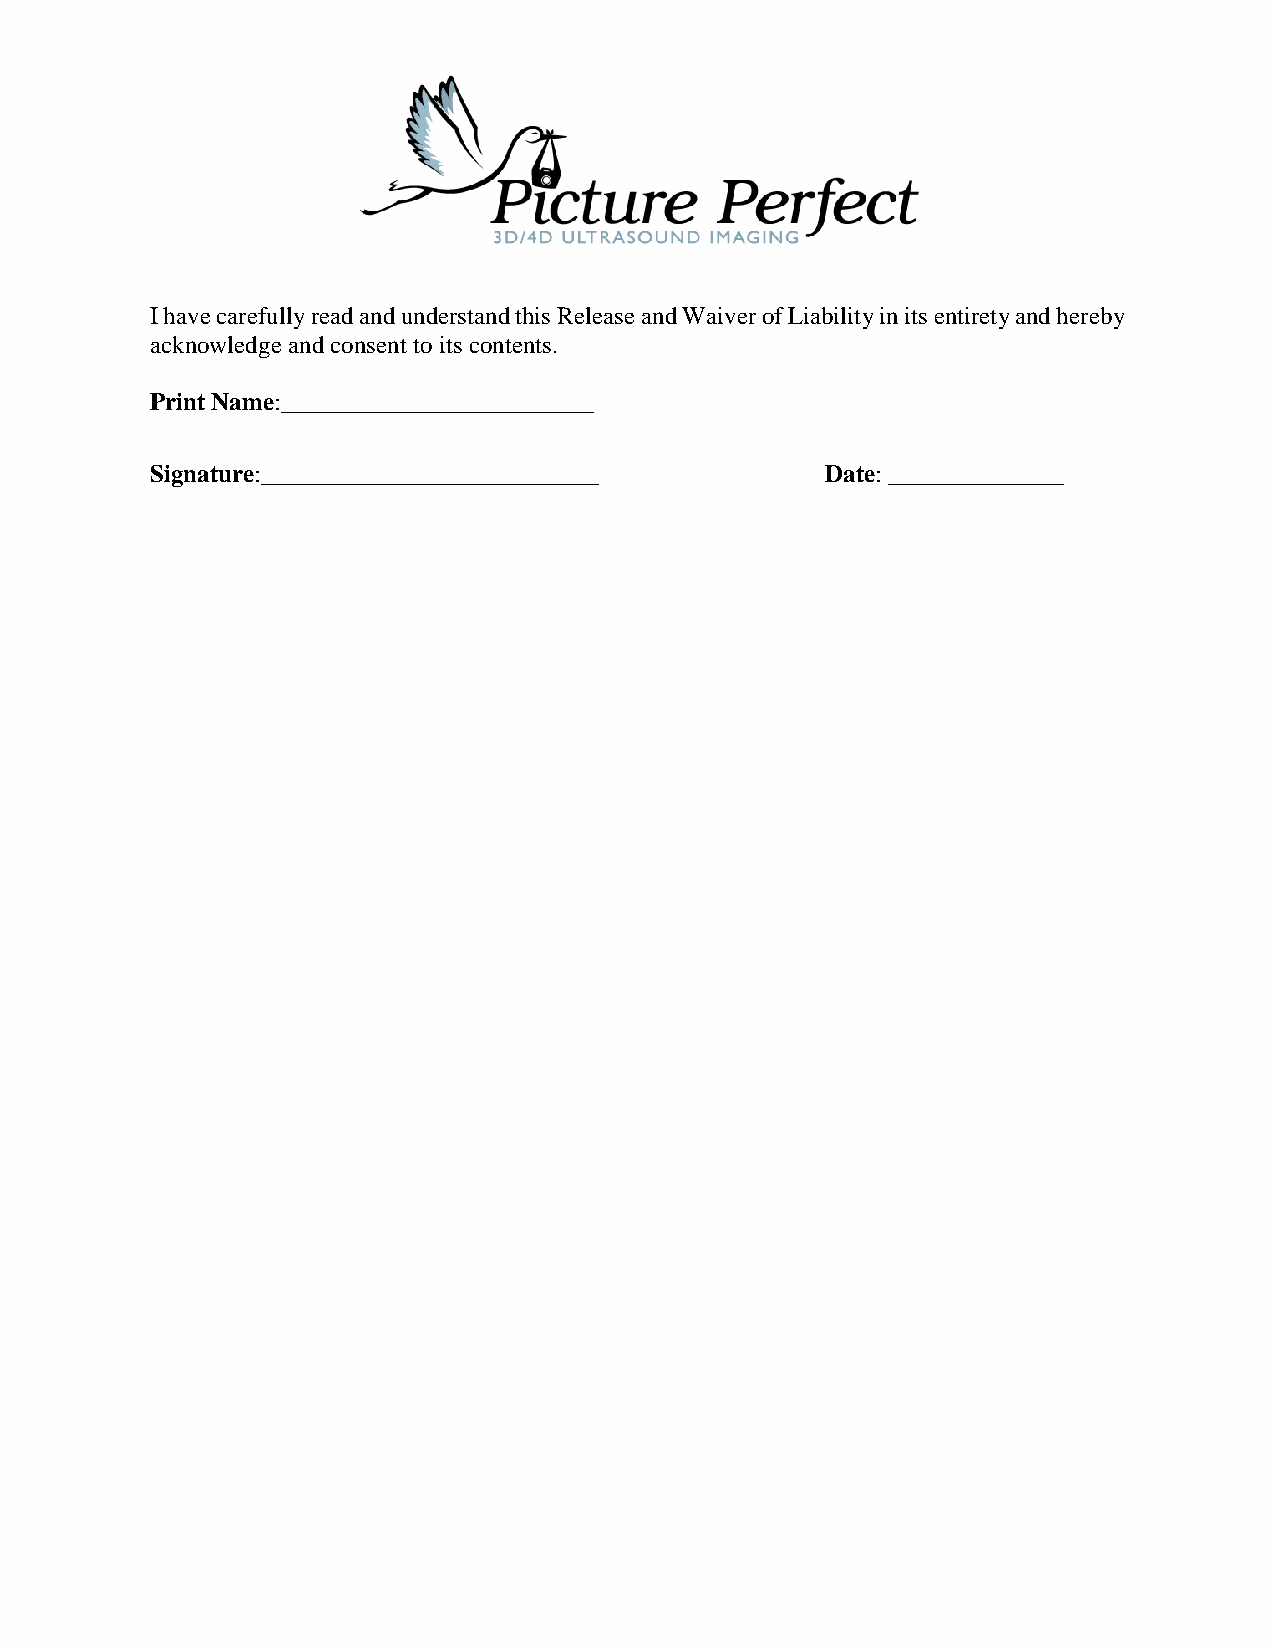
I have carefully read and understand this Release and Waiver of Liability in its entirety and hereby
 acknowledge and consent to its contents.
 Print Name:_________________________
 Signature:___________________________        Date: ______________